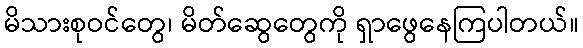
မိသားစုဝင်တွေ၊ မိတ်ဆွေတွေကို ရှာဖွေနေကြပါတယ်။